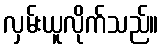
လှမ်းယူလိုက်သည်။